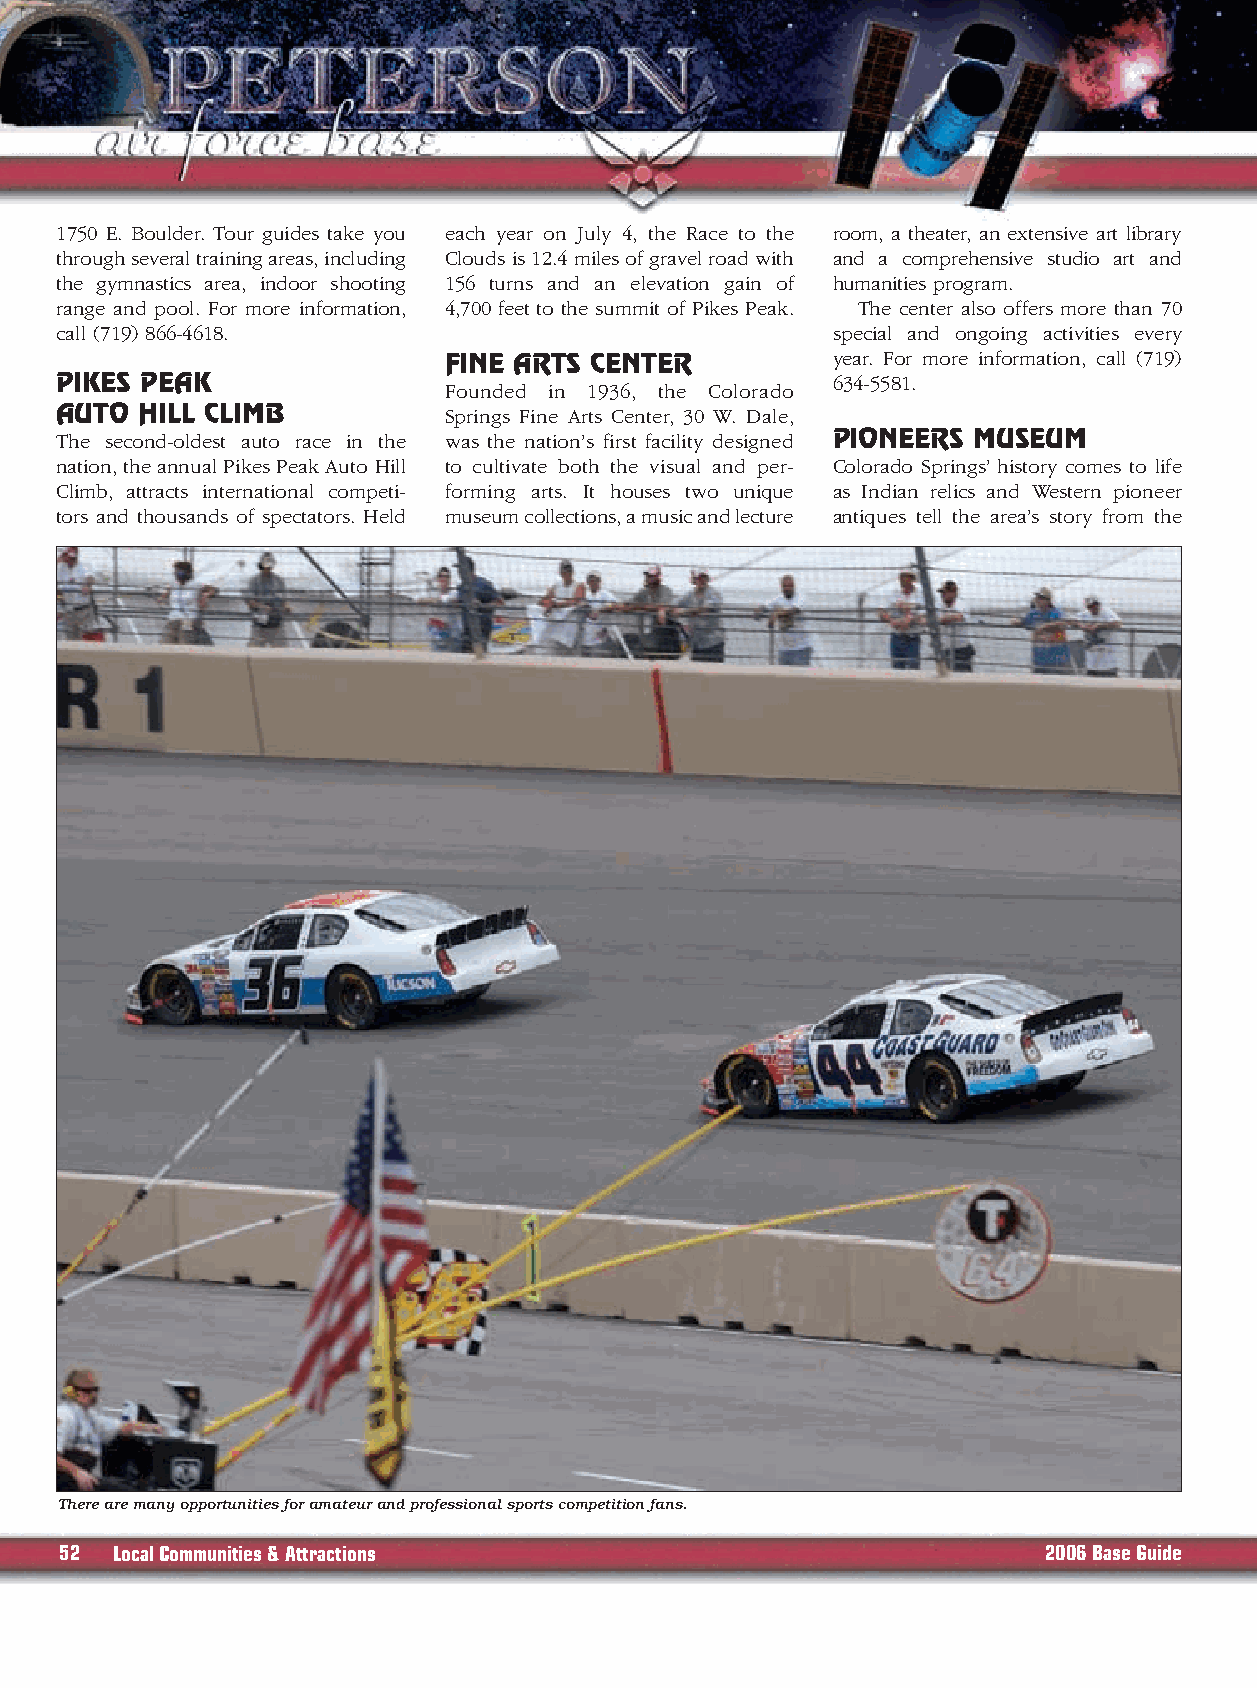
1750 E. Boulder. Tour guides take you each year on July 4, the Race to the room, a theater, an extensive art library
 through several training areas, including Clouds is 12.4 miles of gravel road with and a comprehensive studio art and
 the gymnastics area, indoor shooting 156 turns and an elevation gain of humanities program.
 range and pool. For more information, 4,700 feet to the summit of Pikes Peak. The center also offers more than 70
 call (719) 866-4618.                               special and ongoing activities every
 FINE ARTS CENTER          year. For more information, call (719)
 PIKES PEAK                                         634-5581.
 Founded in 1936, the Colorado
 AUTO HILL CLIMB          Springs Fine Arts Center, 30 W. Dale,
 The second-oldest auto race in the was the nation’s first facility designed PIONEERS MUSEUM
 nation, the annual Pikes Peak Auto Hill to cultivate both the visual and per- Colorado Springs’ history comes to life
 Climb, attracts international competi- forming arts. It houses two unique as Indian relics and Western pioneer
 tors and thousands of spectators. Held museum collections, a music and lecture antiques tell the area’s story from the
 There are many opportunities for amateur and professional sports competition fans.
 52 LocalCommunities & Attractions                                2006 Base Guide